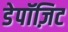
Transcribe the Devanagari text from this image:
डेपॉज़िट